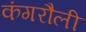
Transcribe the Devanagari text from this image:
कंगरौली